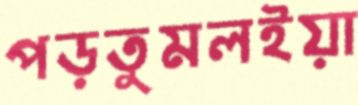
পড়তুমলইয়া